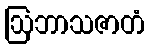
ဩဘာသဇာတံ